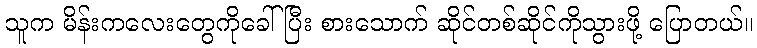
သူက မိန်းကလေးတွေကိုခေါ်ပြီး စားသောက် ဆိုင်တစ်ဆိုင်ကိုသွားဖို့ ပြောတယ်။